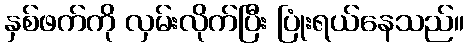
နှစ်ဖက်ကို လှမ်းလိုက်ပြီး ပြုံးရယ်နေသည်။